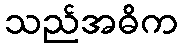
သည်အဓိက